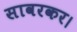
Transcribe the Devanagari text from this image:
सावरकर।